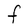
Character: F